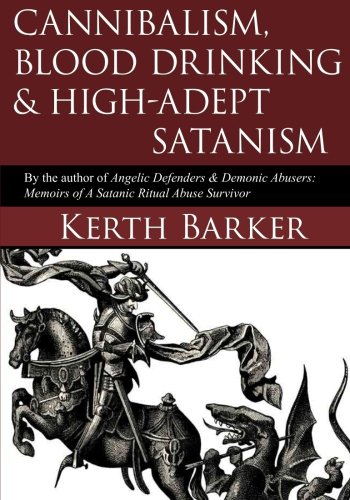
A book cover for Cannibalism, Blood Drinking & High-Adept Satanism; Kerth R. Barker; Religion & Spirituality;